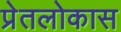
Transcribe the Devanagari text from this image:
प्रेतलोकास